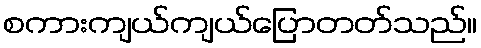
စကားကျယ်ကျယ်ပြောတတ်သည်။